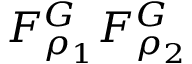
F _ { \rho _ { 1 } } ^ { G } F _ { \rho _ { 2 } } ^ { G }